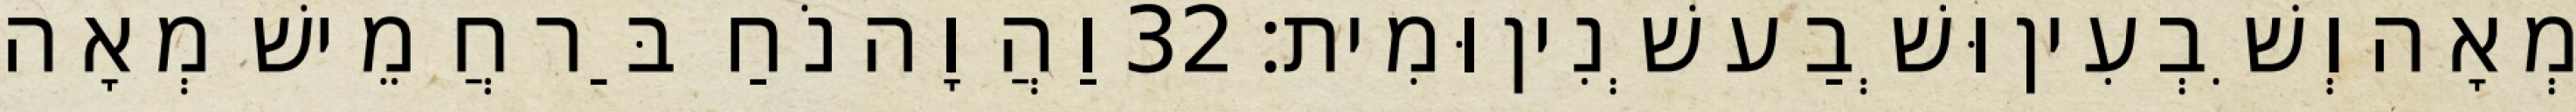
מְאָה וְשִׁבְעִין וּשְׁבַע שְׁנִין וּמִית׃ 32 וַהֲוָה נֹחַ בַּר חֲמֵישׁ מְאָה